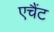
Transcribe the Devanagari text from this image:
एचैंट